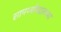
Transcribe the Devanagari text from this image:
सामर्थ्याबद्दलच्या